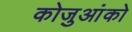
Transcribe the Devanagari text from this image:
कोजुआंको